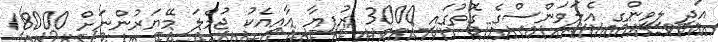
އަދި ލިވިންގ އެލަވަންސްގެ ގޮތުގައި 3000 ރުފިޔާ އާއިއެކު ޖުމްލަ މޭޔަރުންނަށް 18000